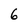
Character: 6